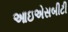
આઇએસબીટી